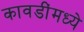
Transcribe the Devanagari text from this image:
कावडींमध्ये